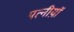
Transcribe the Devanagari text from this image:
पत्नीय़ॉ